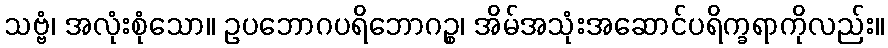
သဗ္ဗံ၊ အလုံးစုံသော။ ဥပဘောဂပရိဘောဂဉ္စ၊ အိမ်အသုံးအဆောင်ပရိက္ခရာကိုလည်း။